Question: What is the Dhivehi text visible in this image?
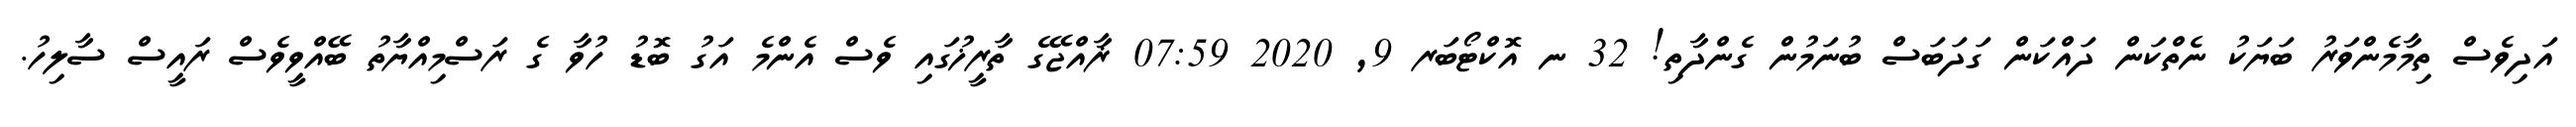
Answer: އަދިވެސް ތިމާމެންވަރު ބަޔަކު ނެތްކަން ދައްކަން ގަދަބަސް ބުނަމުން ގެންދާތި! 32 ނ އޮކްޓޯބަރ 9, 2020 07:59 ޜާއްޖޭގެ ތާރީޚުގައި ވެސް އެންމެ އަގު ބޮޑު ހުވާ ގެ ރަސްމިއްޔާތު ބޭއްވީވެސް ރައީސް ސާލިހު.